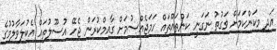
އަދި މިކަންކަމަށް ވަގުތު ނަގަނީ ކަންތައްތައް ހަމަޖެއްސުމަށް ގާއިމްކުރަން ޖެހޭ އުސޫލުތައް އެކުލަވާލުމުގެ